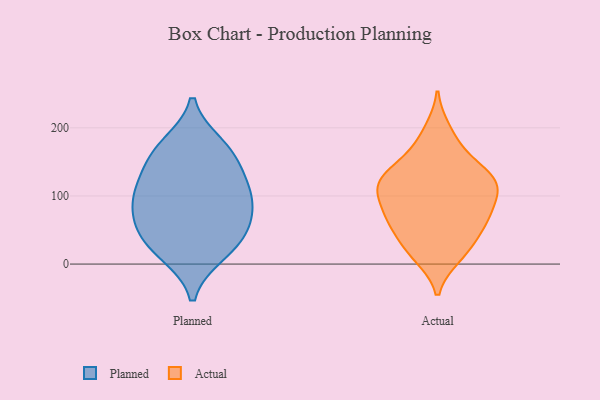
{"axis": {"x": "Bounce Rate (%)", "y": "Value"}, "legend": ["Actual", "Planned"], "data": [{"x": "", "y": 113, "type": "Planned"}, {"x": "", "y": 158, "type": "Planned"}, {"x": "", "y": 23, "type": "Planned"}, {"x": "", "y": 80, "type": "Planned"}, {"x": "", "y": 105, "type": "Planned"}, {"x": "", "y": 16, "type": "Planned"}, {"x": "", "y": 77, "type": "Planned"}, {"x": "", "y": 162, "type": "Planned"}, {"x": "", "y": 174, "type": "Planned"}, {"x": "", "y": 46, "type": "Planned"}, {"x": "", "y": 114, "type": "Planned"}, {"x": "", "y": 50, "type": "Planned"}, {"x": "", "y": 128, "type": "Actual"}, {"x": "", "y": 16, "type": "Actual"}, {"x": "", "y": 61, "type": "Actual"}, {"x": "", "y": 78, "type": "Actual"}, {"x": "", "y": 174, "type": "Actual"}, {"x": "", "y": 103, "type": "Actual"}, {"x": "", "y": 89, "type": "Actual"}, {"x": "", "y": 11, "type": "Actual"}, {"x": "", "y": 50, "type": "Actual"}, {"x": "", "y": 65, "type": "Actual"}, {"x": "", "y": 62, "type": "Actual"}, {"x": "", "y": 24, "type": "Actual"}, {"x": "", "y": 144, "type": "Actual"}, {"x": "", "y": 117, "type": "Actual"}, {"x": "", "y": 118, "type": "Actual"}, {"x": "", "y": 119, "type": "Actual"}, {"x": "", "y": 143, "type": "Actual"}, {"x": "", "y": 197, "type": "Actual"}, {"x": "", "y": 110, "type": "Actual"}]}